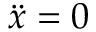
\Ddot { \boldsymbol x } = 0